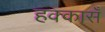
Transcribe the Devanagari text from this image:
हक्कासँ